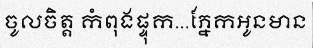
ចូលចិត្ត កំពុងផ្ទុក...ភ្នែកអូនមាន